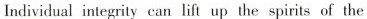
Individual integrity can lift up the spirits of the